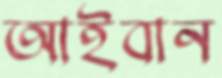
আইবান